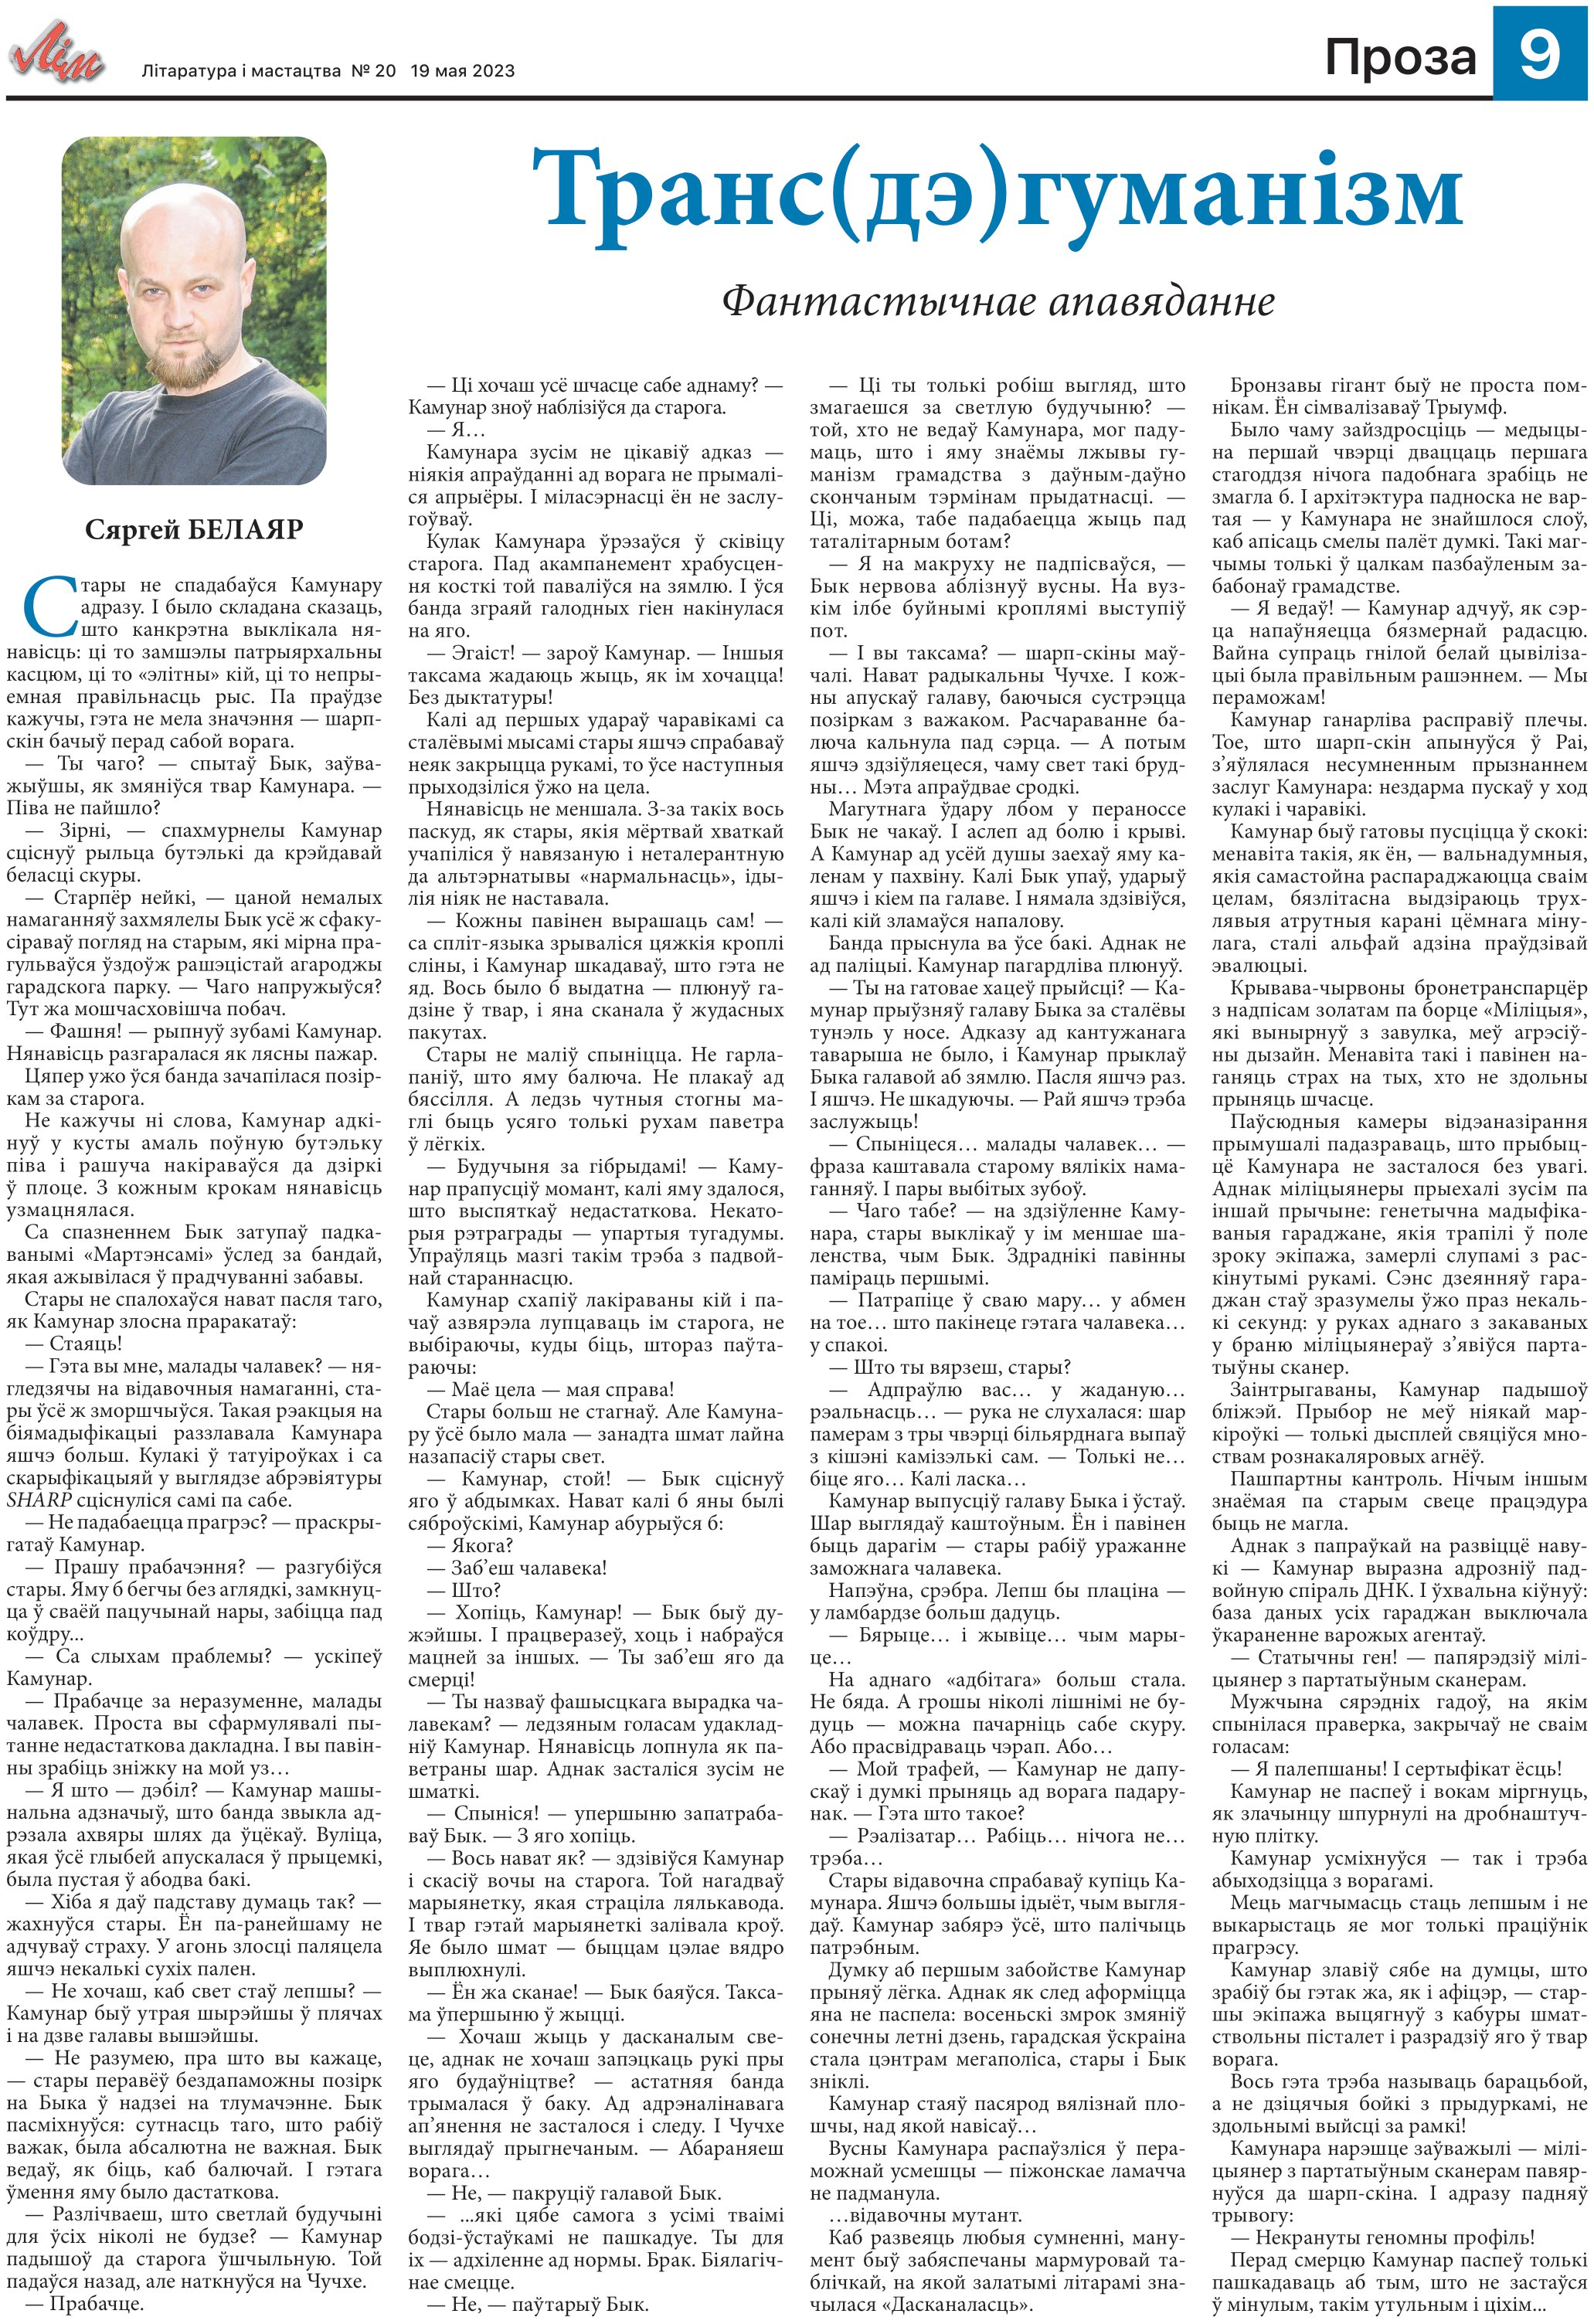
Language: be